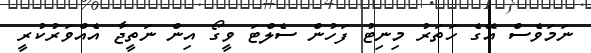
ނަމަވެސް އޭގެ ހަތަރު މިިނިޓު ފަހުން ސެލްޓަ ވީގޯ އިން ނަތީޖާ އެއްވަރުކުރީ